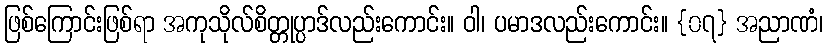
ဖြစ်ကြောင်းဖြစ်ရာ အကုသိုလ်စိတ္တုပ္ပာဒ်လည်းကောင်း။ ဝါ၊ ပမာဒလည်းကောင်း။ {၀၇} အညာဏံ၊